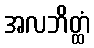
အလဘိတ္ထံ